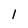
Character: l